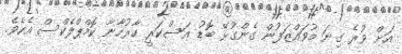
އަށް ވުރެ ގިނަ މުވައްޒަފުން ގެންގުޅޭ ބޮޑު އަސްކަރީ ކާރުހާނާ ކޮމްޕްލެކްސް އެކެވެ.